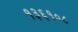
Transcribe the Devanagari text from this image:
१३६१०८